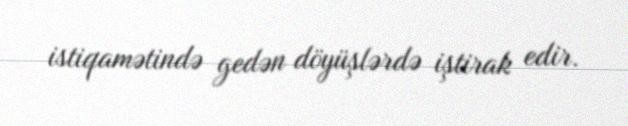
istiqamətində gedən döyüşlərdə iştirak edir.